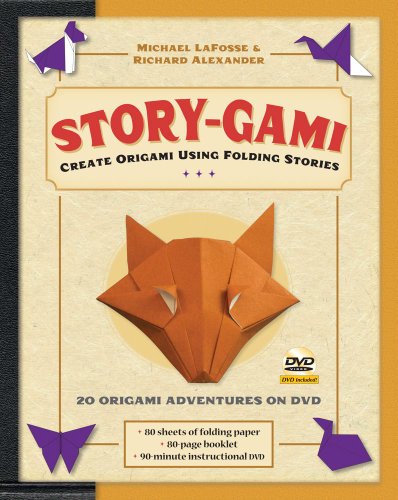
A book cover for Story-gami Kit: Create Origami Using Folding Stories [Origami Kit with Book, DVD, 80 Papers, 18 Projects]; Michael G. LaFosse; Crafts, Hobbies & Home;